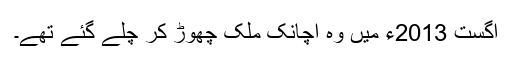
اگست 2013ء میں وہ اچانک ملک چھوڑ کر چلے گئے تھے۔